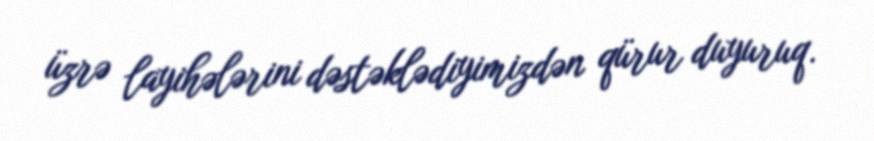
üzrə layihələrini dəstəklədiyimizdən qürur duyuruq.